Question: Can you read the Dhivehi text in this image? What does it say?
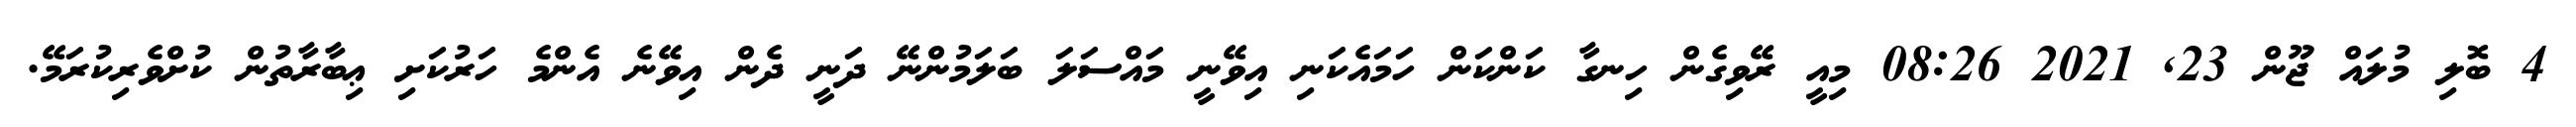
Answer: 4 ބޮލި މުލައް ޖޫން 23, 2021 08:26 މިއީ ރޭވިގެން ހިނގާ ކަންކަން ހަމައެކަނި އިވޭނީ މައްސަލަ ބަލަމުންނޭ ދަނީ ދެން އިވޭނެ އެންމެ ހަރުކަށި ޢިބާރާތުން ކުށްވެރިކުރަމޭ.